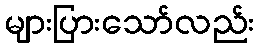
များပြားသော်လည်း